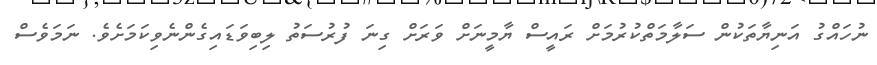
ނުހައްގު އަނިޔާތަކުން ސަލާމަތްކުރުމަށް ރައީސް ޔާމީނަށް ވަރަށް ގިނަ ފުރުސަތު ލިބިވަޑައިގެންނެވިކަމަށެވެ. ނަމަވެސް